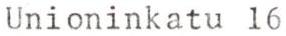
Unioninkatu l6